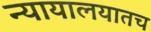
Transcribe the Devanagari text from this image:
न्यायालयातच